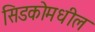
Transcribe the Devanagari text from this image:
सिडकोमधील